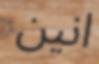
انين